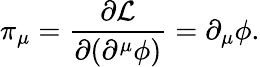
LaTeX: \pi_{\mu}=\frac{\partial{\cal L}}{\partial(\partial^{\mu}\phi)}=\partial_{\mu}\phi.